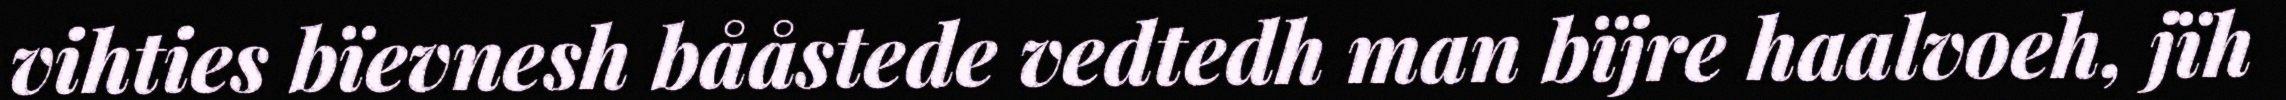
vihties bïevnesh bååstede vedtedh man bïjre haalvoeh, jïh